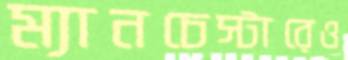
ম্যানচেস্টারেও